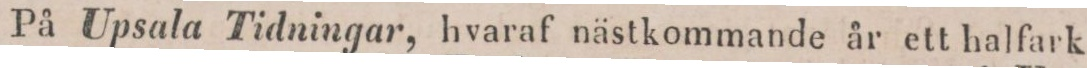
På Upsala Tidningar, hvaraf nästkommande år ett halfark